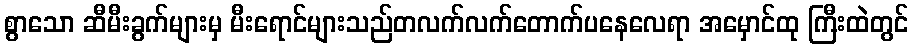
စွာသော ဆီမီးခွက်များမှ မီးရောင်များသည်တလက်လက်တောက်ပနေလေရာ အမှောင်ထု ကြီးထဲတွင်